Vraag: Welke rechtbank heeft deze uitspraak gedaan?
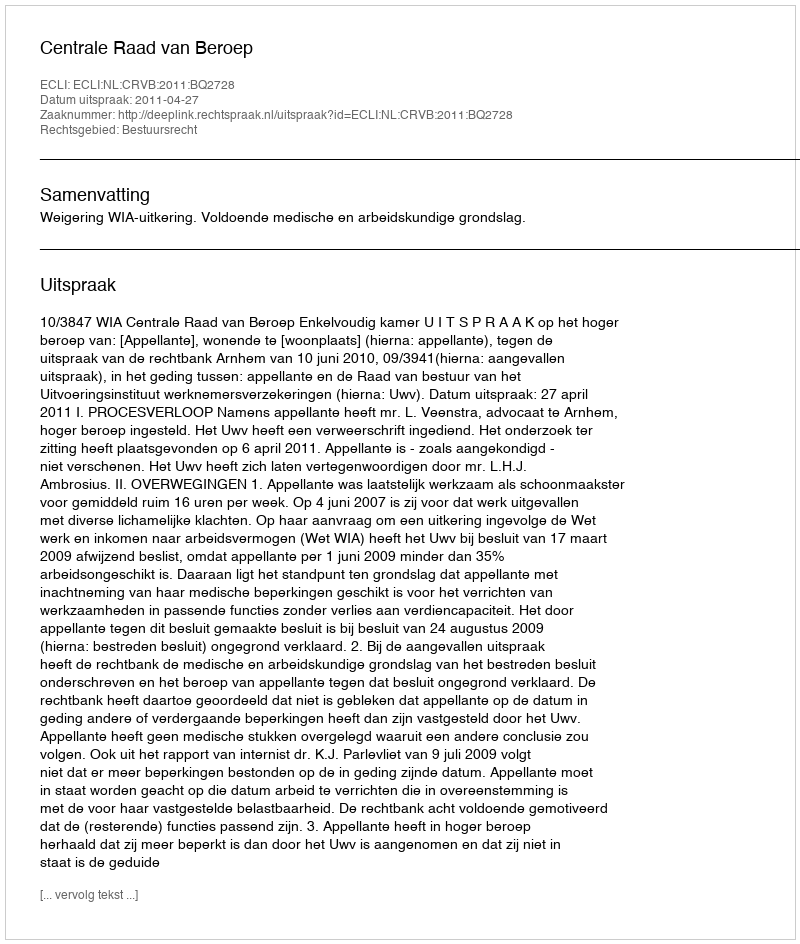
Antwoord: Centrale Raad van Beroep